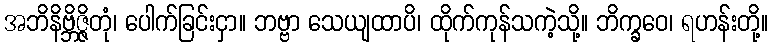
အဘိနိဗ္ဘိဇ္ဇိတုံ၊ ပေါက်ခြင်းငှာ။ ဘဗ္ဗာ သေယျထာပိ၊ ထိုက်ကုန်သကဲ့သို့။ ဘိက္ခဝေ၊ ရဟန်းတို့။